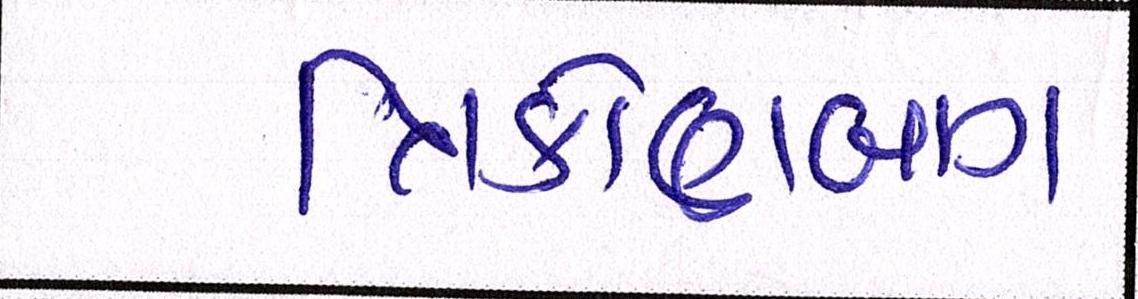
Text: ત્રિકોણબાગ